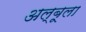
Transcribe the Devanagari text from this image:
अल्बूला